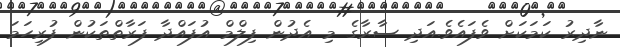
ނާދިރު ކަމަކަށް ވެފައެވެ.އަދި ސާރާގެ މި އެދުން ފިލްމް އުފައްދާ ފަރާތްތަކުން ފުރިހަމަ